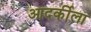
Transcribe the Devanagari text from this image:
आदर्कीला